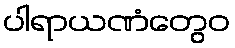
ပါရာယဏံတွေဝ